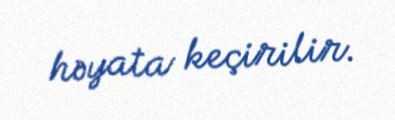
həyata keçirilir.